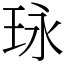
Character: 𤤯